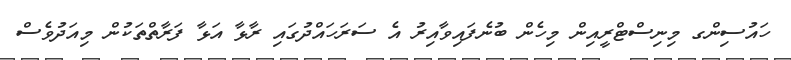
ހައުސިންގ މިނިސްޓްރީއިން މިހެން ބުނެފައިވާއިރު އެ ސަރަަހައްދުގައި ރާޅާ އަޅާ ފަރާތްތަކުން މިއަދުވެސް